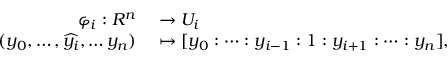
\begin{array} { r l } { \mathbb { \varphi } _ { i } : R ^ { n } } & { { } \to U _ { i } } \\ { ( y _ { 0 } , \dots , { \widehat { y _ { i } } } , \dots y _ { n } ) } & { { } \mapsto [ y _ { 0 } : \cdots : y _ { i - 1 } : 1 : y _ { i + 1 } : \cdots : y _ { n } ] , } \end{array}